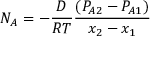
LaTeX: N _ { A } = - { \frac { D } { R T } } { \frac { ( P _ { A 2 } - P _ { A 1 } ) } { x _ { 2 } - x _ { 1 } } }